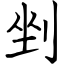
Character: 剉